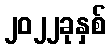
၂၀၂၂ခုနှစ်